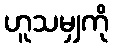
ဟူသမျှကို